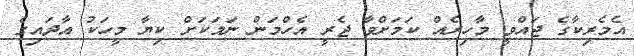
އެމެރިކާގެ ޖައްވީ މާހިރެއް ކަމަށްވާ ޖެރީ އެހްމަން ނަމަކަށް ކިޔާ މީހަކު އާދައިގެ